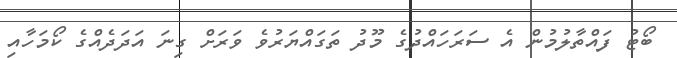
ބޯޓު ފައްތާލުމުން އެ ސަރަހައްދުގެ މޫދު ތަގައްޔަރުވެ ވަރަށް ގިނަ އަދަދެއްގެ ކޯމަހާއި